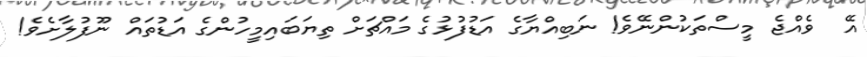
އޭ  ވެއްޖެ މީސްތަކުންނޭވެ! ނަބިއްޔާގެ އަޑުފުޅުގެ މައްޗަށް ތިޔަބައިމީހުންގެ އަޑުތައް ނޫފުލާށެވެ!